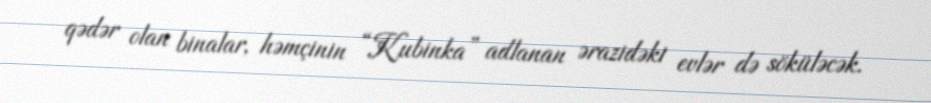
qədər olan binalar, həmçinin “Kubinka” adlanan ərazidəki evlər də söküləcək.